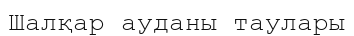
Шалқар ауданы таулары